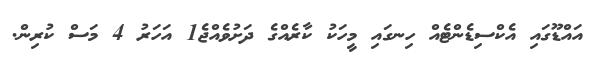
އައްޑޫގައި އެކްސިޑެންޓެއް ހިނގައި މީހަކު ކާރެއްގެ ދަށުވެއްޖެ1 އަހަރު 4 މަސް ކުރިން.